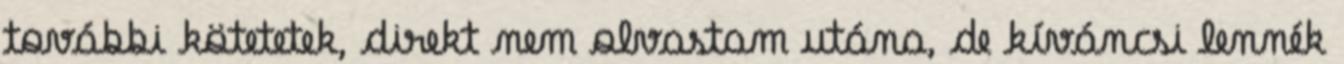
további kötetetek, direkt nem olvastam utána, de kíváncsi lennék